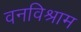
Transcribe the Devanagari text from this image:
वनविश्राम